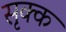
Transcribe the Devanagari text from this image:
सृक्क